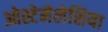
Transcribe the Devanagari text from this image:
ओस्टेमेलेशिया